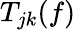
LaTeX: T_{jk}(f)